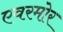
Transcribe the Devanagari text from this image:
एवरमोर